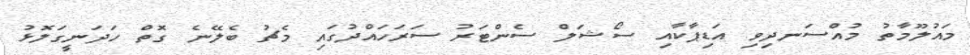
މައުލޫމާތު މުއްސަނދިވި އަޑިޕާކާއި ސޯޝަލް ސެންޓަރު ސަރަހައްދުގައި މެޗު ބެލޭނެ ގޮތް ހަދަނީގަލޮޅު